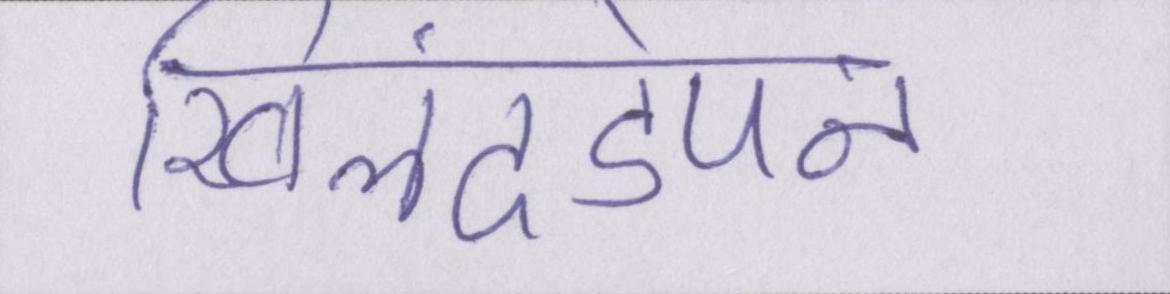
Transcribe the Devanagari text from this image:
खिलंदड़ेपन